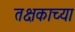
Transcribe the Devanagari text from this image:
तक्षकाच्या